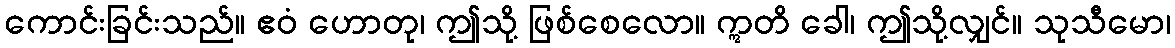
ကောင်းခြင်းသည်။ ဧဝံ ဟောတု၊ ဤသို့ ဖြစ်စေလော။ ဣတိ ခေါ၊ ဤသို့လျှင်။ သုသီမော၊